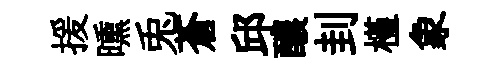
援曛兎蒼邱醲刲槿象